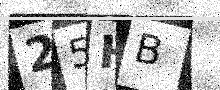
Text: 25HB